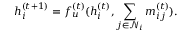
h _ { i } ^ { ( t + 1 ) } = f _ { u } ^ { ( t ) } ( h _ { i } ^ { ( t ) } , \sum _ { j \in \mathcal { N } _ { i } } m _ { i j } ^ { ( t ) } ) .